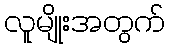
လူမျိုးအတွက်